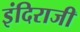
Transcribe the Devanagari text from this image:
इंदिराजी